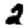
Digit: 2